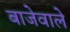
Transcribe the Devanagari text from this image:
बाजेवाले